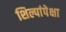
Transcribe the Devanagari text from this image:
शिल्पांपेक्षा